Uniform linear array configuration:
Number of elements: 24
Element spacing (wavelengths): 1
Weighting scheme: blackman
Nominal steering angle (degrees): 0
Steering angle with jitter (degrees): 0.8494
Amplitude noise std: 0.05
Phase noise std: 0.05

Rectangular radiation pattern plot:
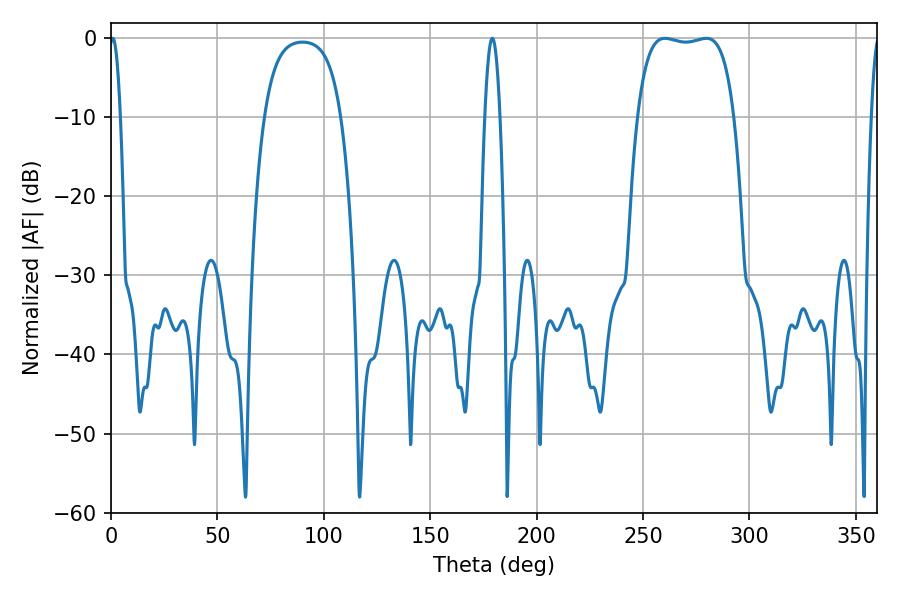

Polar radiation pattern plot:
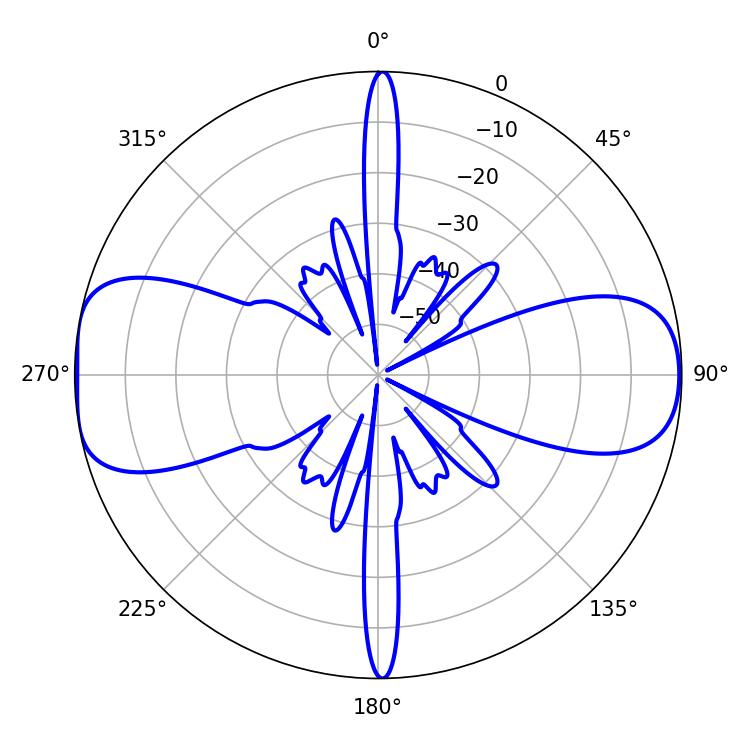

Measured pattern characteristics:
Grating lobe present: TRUE
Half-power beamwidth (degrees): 36
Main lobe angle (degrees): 260.28